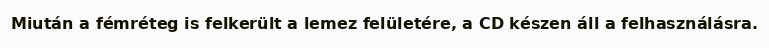
Miután a fémréteg is felkerült a lemez felületére, a CD készen áll a felhasználásra.